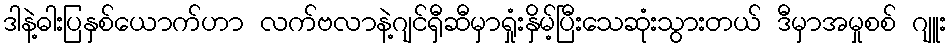
ဒါနဲ့ဓါးပြနှစ်ယောက်ဟာ လက်ဗလာနဲ့ဂျင်ရှီဆီမှာရှုံးနှိမ့်ပြီးသေဆုံးသွားတယ် ဒီမှာအမှုစစ် ဂျူး